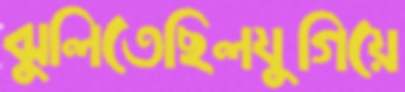
ঝুলিতেছিলযুগিয়ে